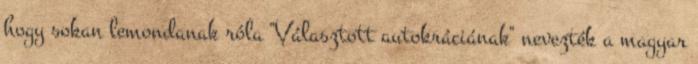
hogy sokan lemondanak róla "Választott autokráciának" nevezték a magyar